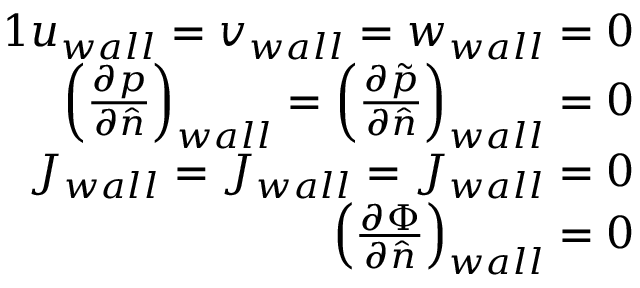
\begin{array} { r } { { 1 } u _ { w a l l } = v _ { w a l l } = w _ { w a l l } = 0 } \\ { \left( \frac { \partial p } { \partial \hat { n } } \right) _ { w a l l } = \left( \frac { \partial \tilde { p } } { \partial \hat { n } } \right) _ { w a l l } = 0 } \\ { J _ { w a l l } = J _ { w a l l } = J _ { w a l l } = 0 } \\ { \left( \frac { \partial \Phi } { \partial \hat { n } } \right) _ { w a l l } = 0 } \end{array}